Lunatic asylums Madras 1892-1911 - 1892-1911
Year: 1892
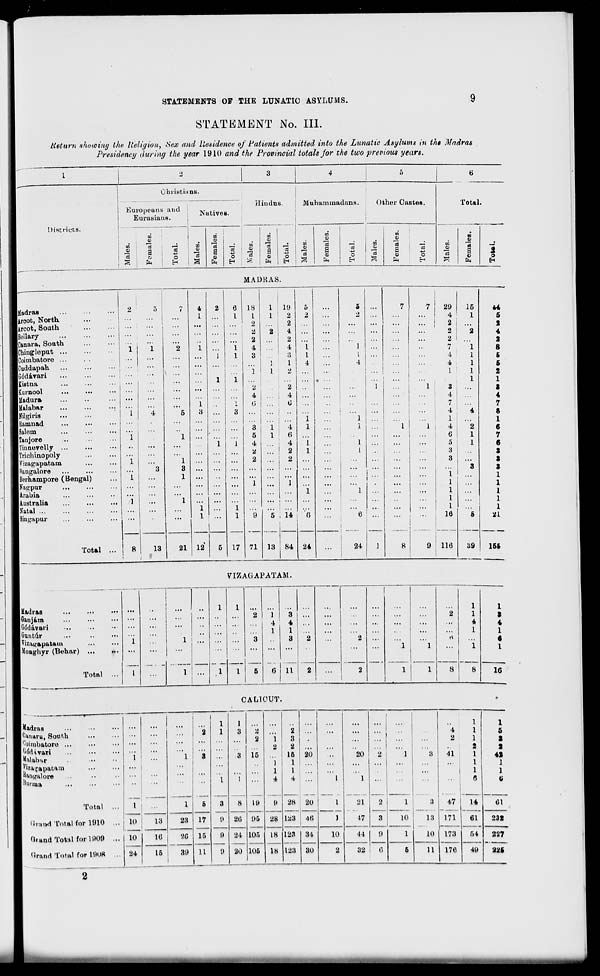
STATEMENTS OF THE LUNATIC ASYLUMS.
9
STATEMENT No. III.
lieturn showing the tieligion, Sex and liesidence of Patients admitted' into the Lunatic Asylums in the Madras
Presidency during the year 1910 and the Provincial totals for the two previous years.
1
2
3
4
5
6
Ohvistinns.
iliudus.
Muhammadans.
Other Castes.
Total
Europeans and
Eurasians.
Native 8.
Districts.
Males.
Females.
Total.
n
00
13
a
ft
"c3
o
H
00
"is
S
o
00
a
Females.
"3
CO
Females.
Total.
CO
00
s
"5
a
1
9
fcri
MADRAS.
Madras
iroot, North
ircot, Soath
Beliary
Canara, Soath
Chingleput
Coimbatore ...
Cuddapah
Godavari
Kistna
Eurnool
Madura
Malabar
Hilgiris
Ramnad
Salem
Taujore
Tiuaevelly ...
Trichinopoly
Vizagapatam
Hangalore
Berhampore (Bengal)
Nag pur
Arabia
Australia
Natal
Singapur
2
5
Total
13
21
4
2
I
...
...
1
...
...
1
...
1
...
...
i t
3
:::
...
i
...
...
...
1 *
1
12
5
3
17
18
1
2
2
2
4
3
71
1
19
5
1
2
2
2
"i
...
J 2
...
...
4
1
3
1
i 1 4
i
2
4
G
..
1
i 4 1
I
6
4
I
_
2
1
...
2
...
1
1
5 14
0
13
84 24
_
1
il
24
29 |
4 !
2 I
2
2 I
7
4
4
I
4
7
*
1
1
4
...
6
...
5
3
3
...
1
...
16
9 116
15
1
39
44
5
2
4
2
8
5
5
2
166
VIZAGAPATAM.
| Madras
uj am
Godavari
Guntur
Viza^apatatn
Monghyr (Behar)
Total
I ..
1
1 i .'.'.
...
11
16
CALICUT.
Iras
('im*ru, South
'-oiiubatoro ...
'joiUvari
Malabar
BuigaloM
Hunua
Total
Gtrand Total for 1910
Qraad Total for 1809
Hrand Total for 1908
L
10
24
...
:::
i
i
.
10
13
10
15
23
20
39
1
1
.
2
1
3
2
2
i
2
2
3
2
•
3
...
3 15
1
1
15
1
1
20
...
1
1
...
4
4 ...
I
6
3
8
19
9 28 20
I
17
0
B
2C,
24
96
105
28
18
123 46
)
15
123 34
10
11
9 20 105 18 123 30
2
20
1
21
17
44
32
...
...
2
...
"l
3
2
1
3
3
10
13
9
1
10
Q
5
11
4
2
41
47
171
173
176
1
1
1
2
1
1
1
6
14
61
54
49
1
5
S
2
42
1
1
ti
61
232
227
22S
2